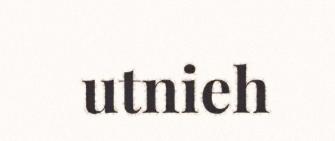
utnieh